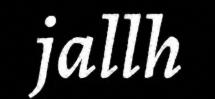
jallh